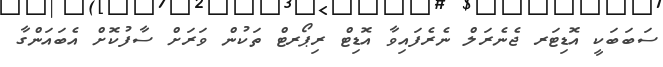
ސަބަބަކީ އޮޑިޓަރ ޖެނެރަލް ނެރެފައިވާ އޮޑިޓް ރިޕޯރޓް ތަކުން ވަރަށް ސާފުކޮށް އެބައަންގާ